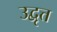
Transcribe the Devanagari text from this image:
उद्वृत्त